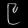
Digit: ၉